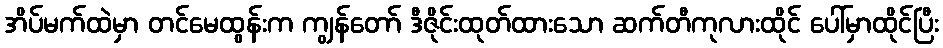
အိပ်မက်ထဲမှာ တင်မေထွန်းက ကျွန်တော် ဒီဇိုင်းထုတ်ထားသော ဆက်တီကုလားထိုင် ပေါ်မှာထိုင်ပြီး